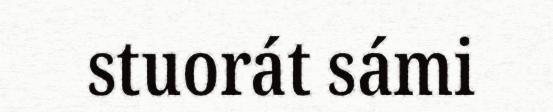
stuorát sámi